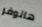
هانوفر